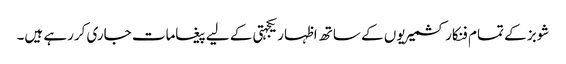
شوبز کے تمام فنکار کشمیریوں کے ساتھ اظہار یکجہتی کے لیے پیغامات جاری کررہے ہیں۔